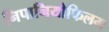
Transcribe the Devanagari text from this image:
निपानियोफिलम